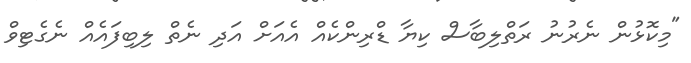
"މިކޮޅުން ނެރުނު ރަތްލިބާސް ކިޔާ ޑްރިންކެއް އެއަށް އަދި ނެތް ލިބިފައެއް ނެގެޓިވް